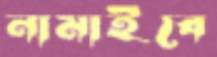
নামাইবে